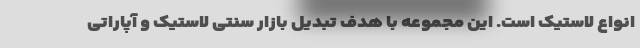
انواع لاستیک است. این مجموعه با هدف تبدیل بازار سنتی لاستیک و آپاراتی